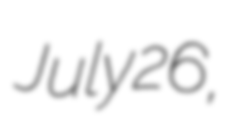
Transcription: July 26,